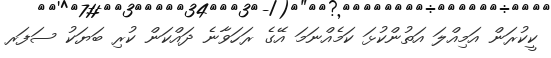
ކީކުރަން އަމިއްލަ އަތުންކުޅަ ކަމެއްނަމަ އޭގެ ރަހަވާނެ ދައްކަން ކުރި ބަޔަކު ސަފަރ